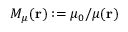
M _ { \mu } ( { \bf r } ) : = \mu _ { 0 } / \mu ( { \bf r } )